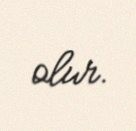
olur.